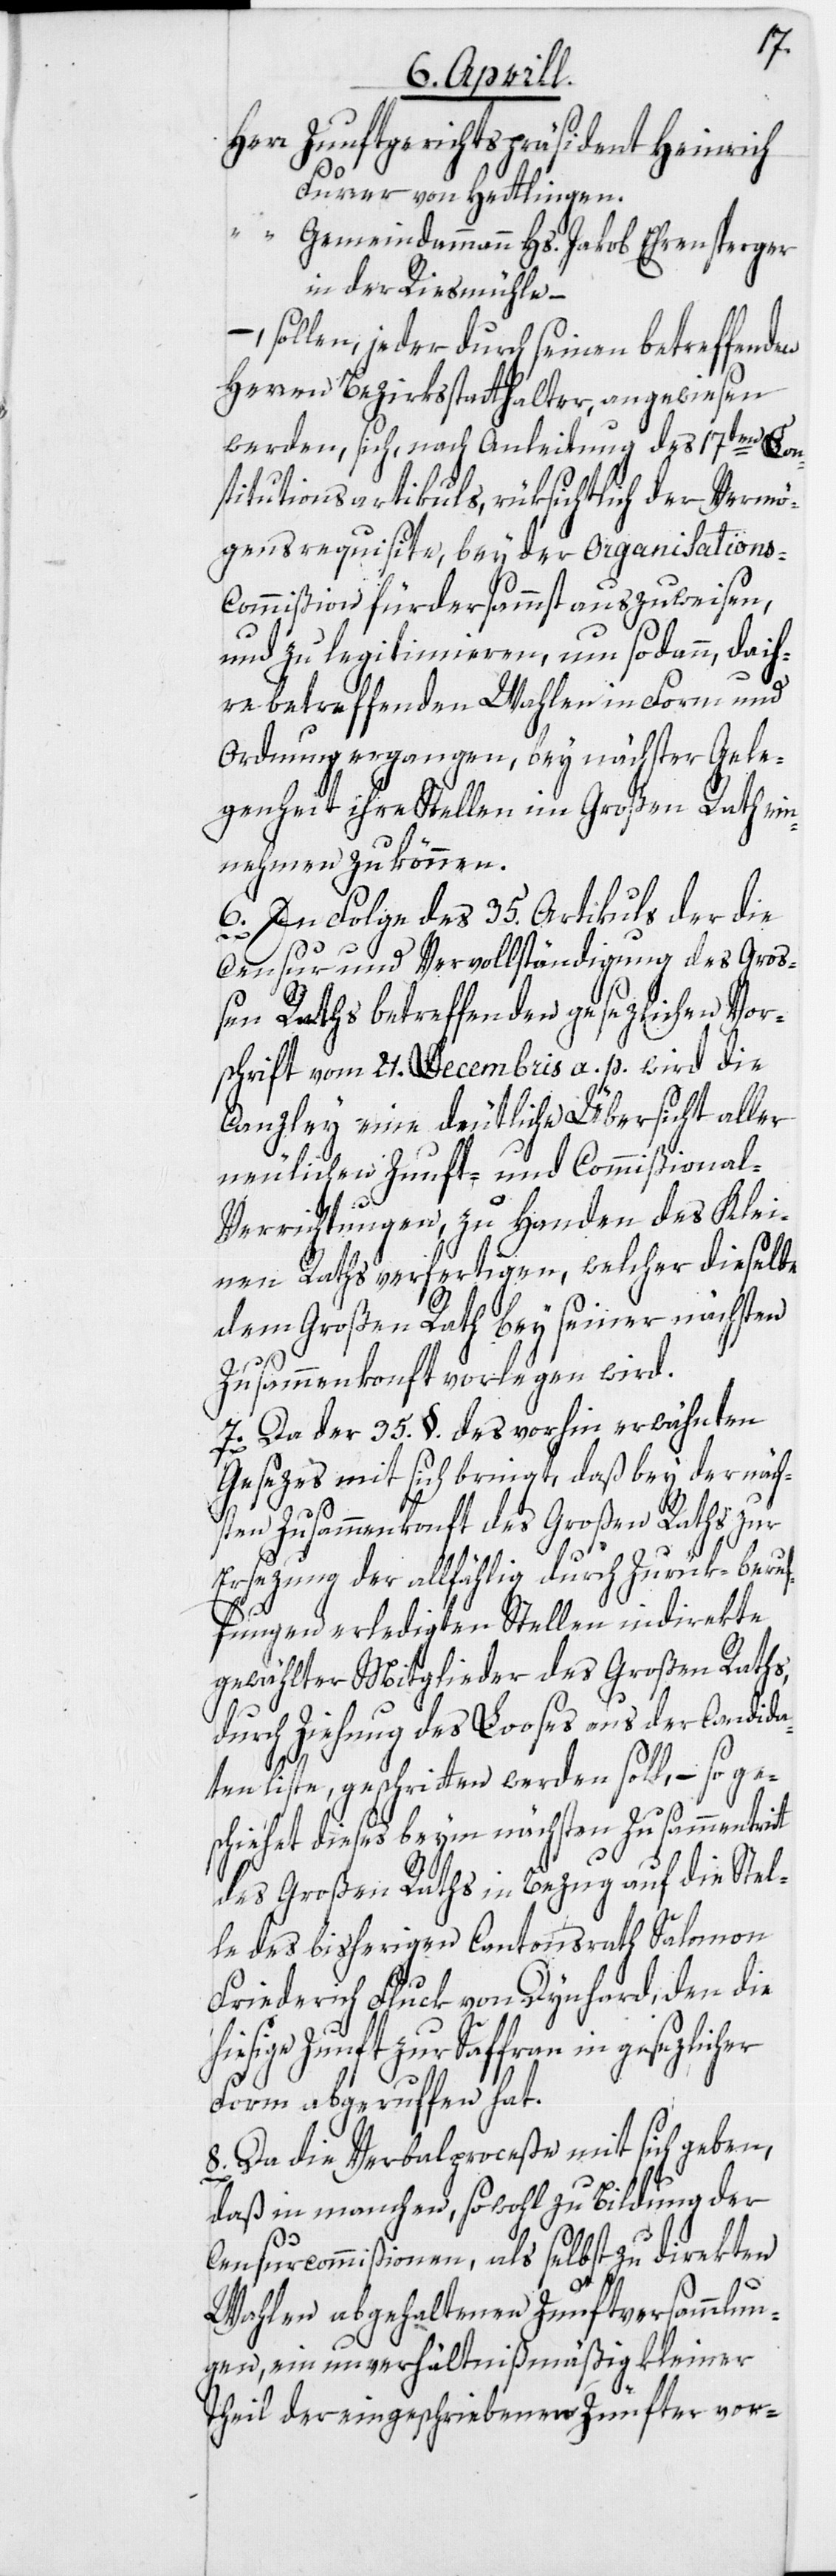
Herr Zunftgerichtspräsident Heinrich
Furrer von Hettlingen.
[Herr] Gemeindammann Hs. Jakob Ehrensperger
in der Riesmühle –
–, sollen, jeder durch seinen betreffenden
Herren Bezirksstatthalter, angewiesen
werden, sich, nach Anleitung des 17ten Con¬
stitutionsartikuls, rüksichtlich der Vermö¬
gensrequisite, bey der Organisations-C¬
ommißion fürdersammst auszuweisen,
und zu legitimieren, um sodann, da ih¬
re betreffenden Wahlen in Form und
Ordnung ergangen, bey nächster Gele¬
genheit ihre Stellen im Großen Rath ein¬
nehmen zu können.
6. In Folge des 35. Artikuls der die
Censur und Vervollständigung des Groß¬
en Raths betreffenden gesezlichen Vor¬
schrift vom 21. Decembris a. p. wird die
Canzley eine deutliche Übersicht aller
neulichen Zunft- und Commißiona¬
er
l-Verrichtungen, zu Handen des Klei¬
nen Raths verfertigen, welcher dieselbe
dem Großen Rath bey seiner nächsten
Zusammenkonft vorlegen wird.
7. Da der 35. §. des vorhin erwähnten
Gesezes mit sich bringt, daß bey der näch¬
sten Zusammenkonft des Großen Raths zur
Ersezung der allfählig durch Zurük-beruf¬
fungen erledigten Stellen indirekte
gewählter Mitglieder des Großen Raths,
durch Ziehung des Looses aus der Candida¬
tenliste, geschritten werden soll, – so ge¬
schiehet dieses beym nächsten Zusammentrit¬
des Großen Raths in Bezug auf die Stel¬
le des bisherigen Cantonsrath Salomon
Friederich Fluck von Dynhard, den die
hiesige Zunft zur Saffran in gesezlich¬
Form abgeruffen hat.
8. Da die Verbalproceße mit sich geben,
daß in manchen, sowohl zu Bildung der
Censurcommißionen, als selbst zu direkten
Wahlen abgehaltenen Zunftversammlun¬
gen, ein unverhältnißmäßig kleiner
Theil der eingeschriebenen Zünfter vor-